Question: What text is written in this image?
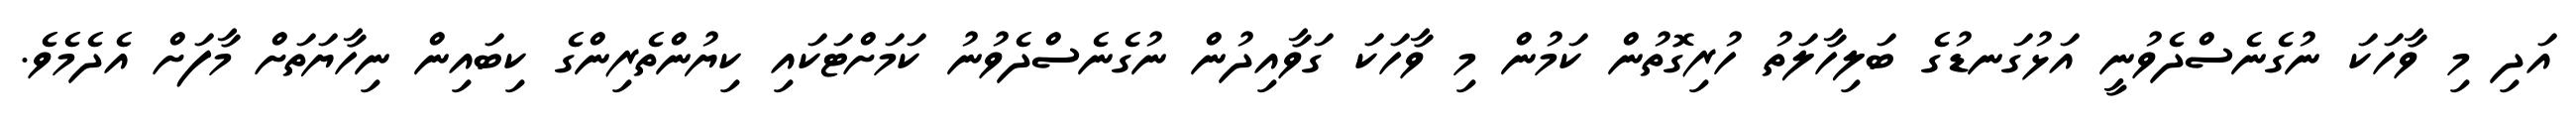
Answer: އަދި މި ވާހަކަ ނުގެނެސްދެވުނީ އަޅުގަނޑުގެ ބަލިހާލަތު ހުރިގޮތުން ކަމުން މި ވާހަކަ ގަވާއިދުން ނުގެނެސްދެވުނު ކަމަށްޓަކައި ކިޔުންތެރިންގެ ކިބައިން ނިހާޔަތަށް މާފަށް އެދެމެވެ.